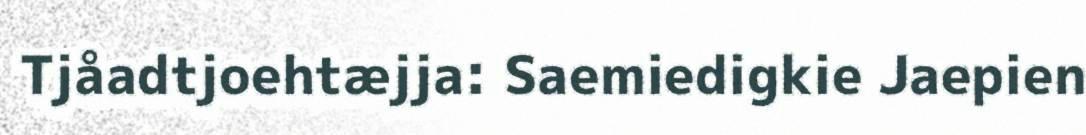
Tjåadtjoehtæjja: Saemiedigkie Jaepien